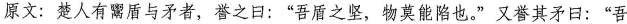
原文：楚人有鬻盾与矛者，誉之日：”吾盾之坚，物莫能陷也。”又誉其矛日：”吾